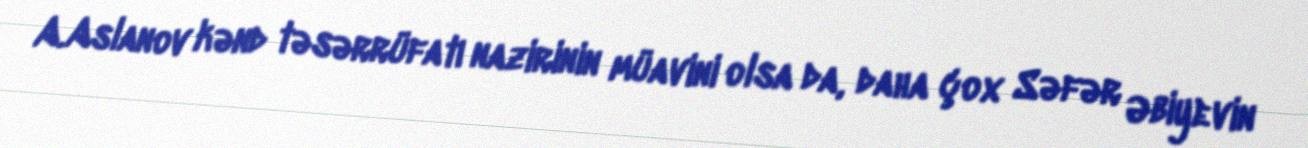
A.Aslanov kənd təsərrüfatı nazirinin müavini olsa da, daha çox Səfər Əbiyevin